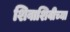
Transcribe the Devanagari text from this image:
शिवाशिवीच्या